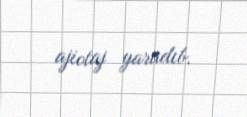
ajiotaj yaradıb.